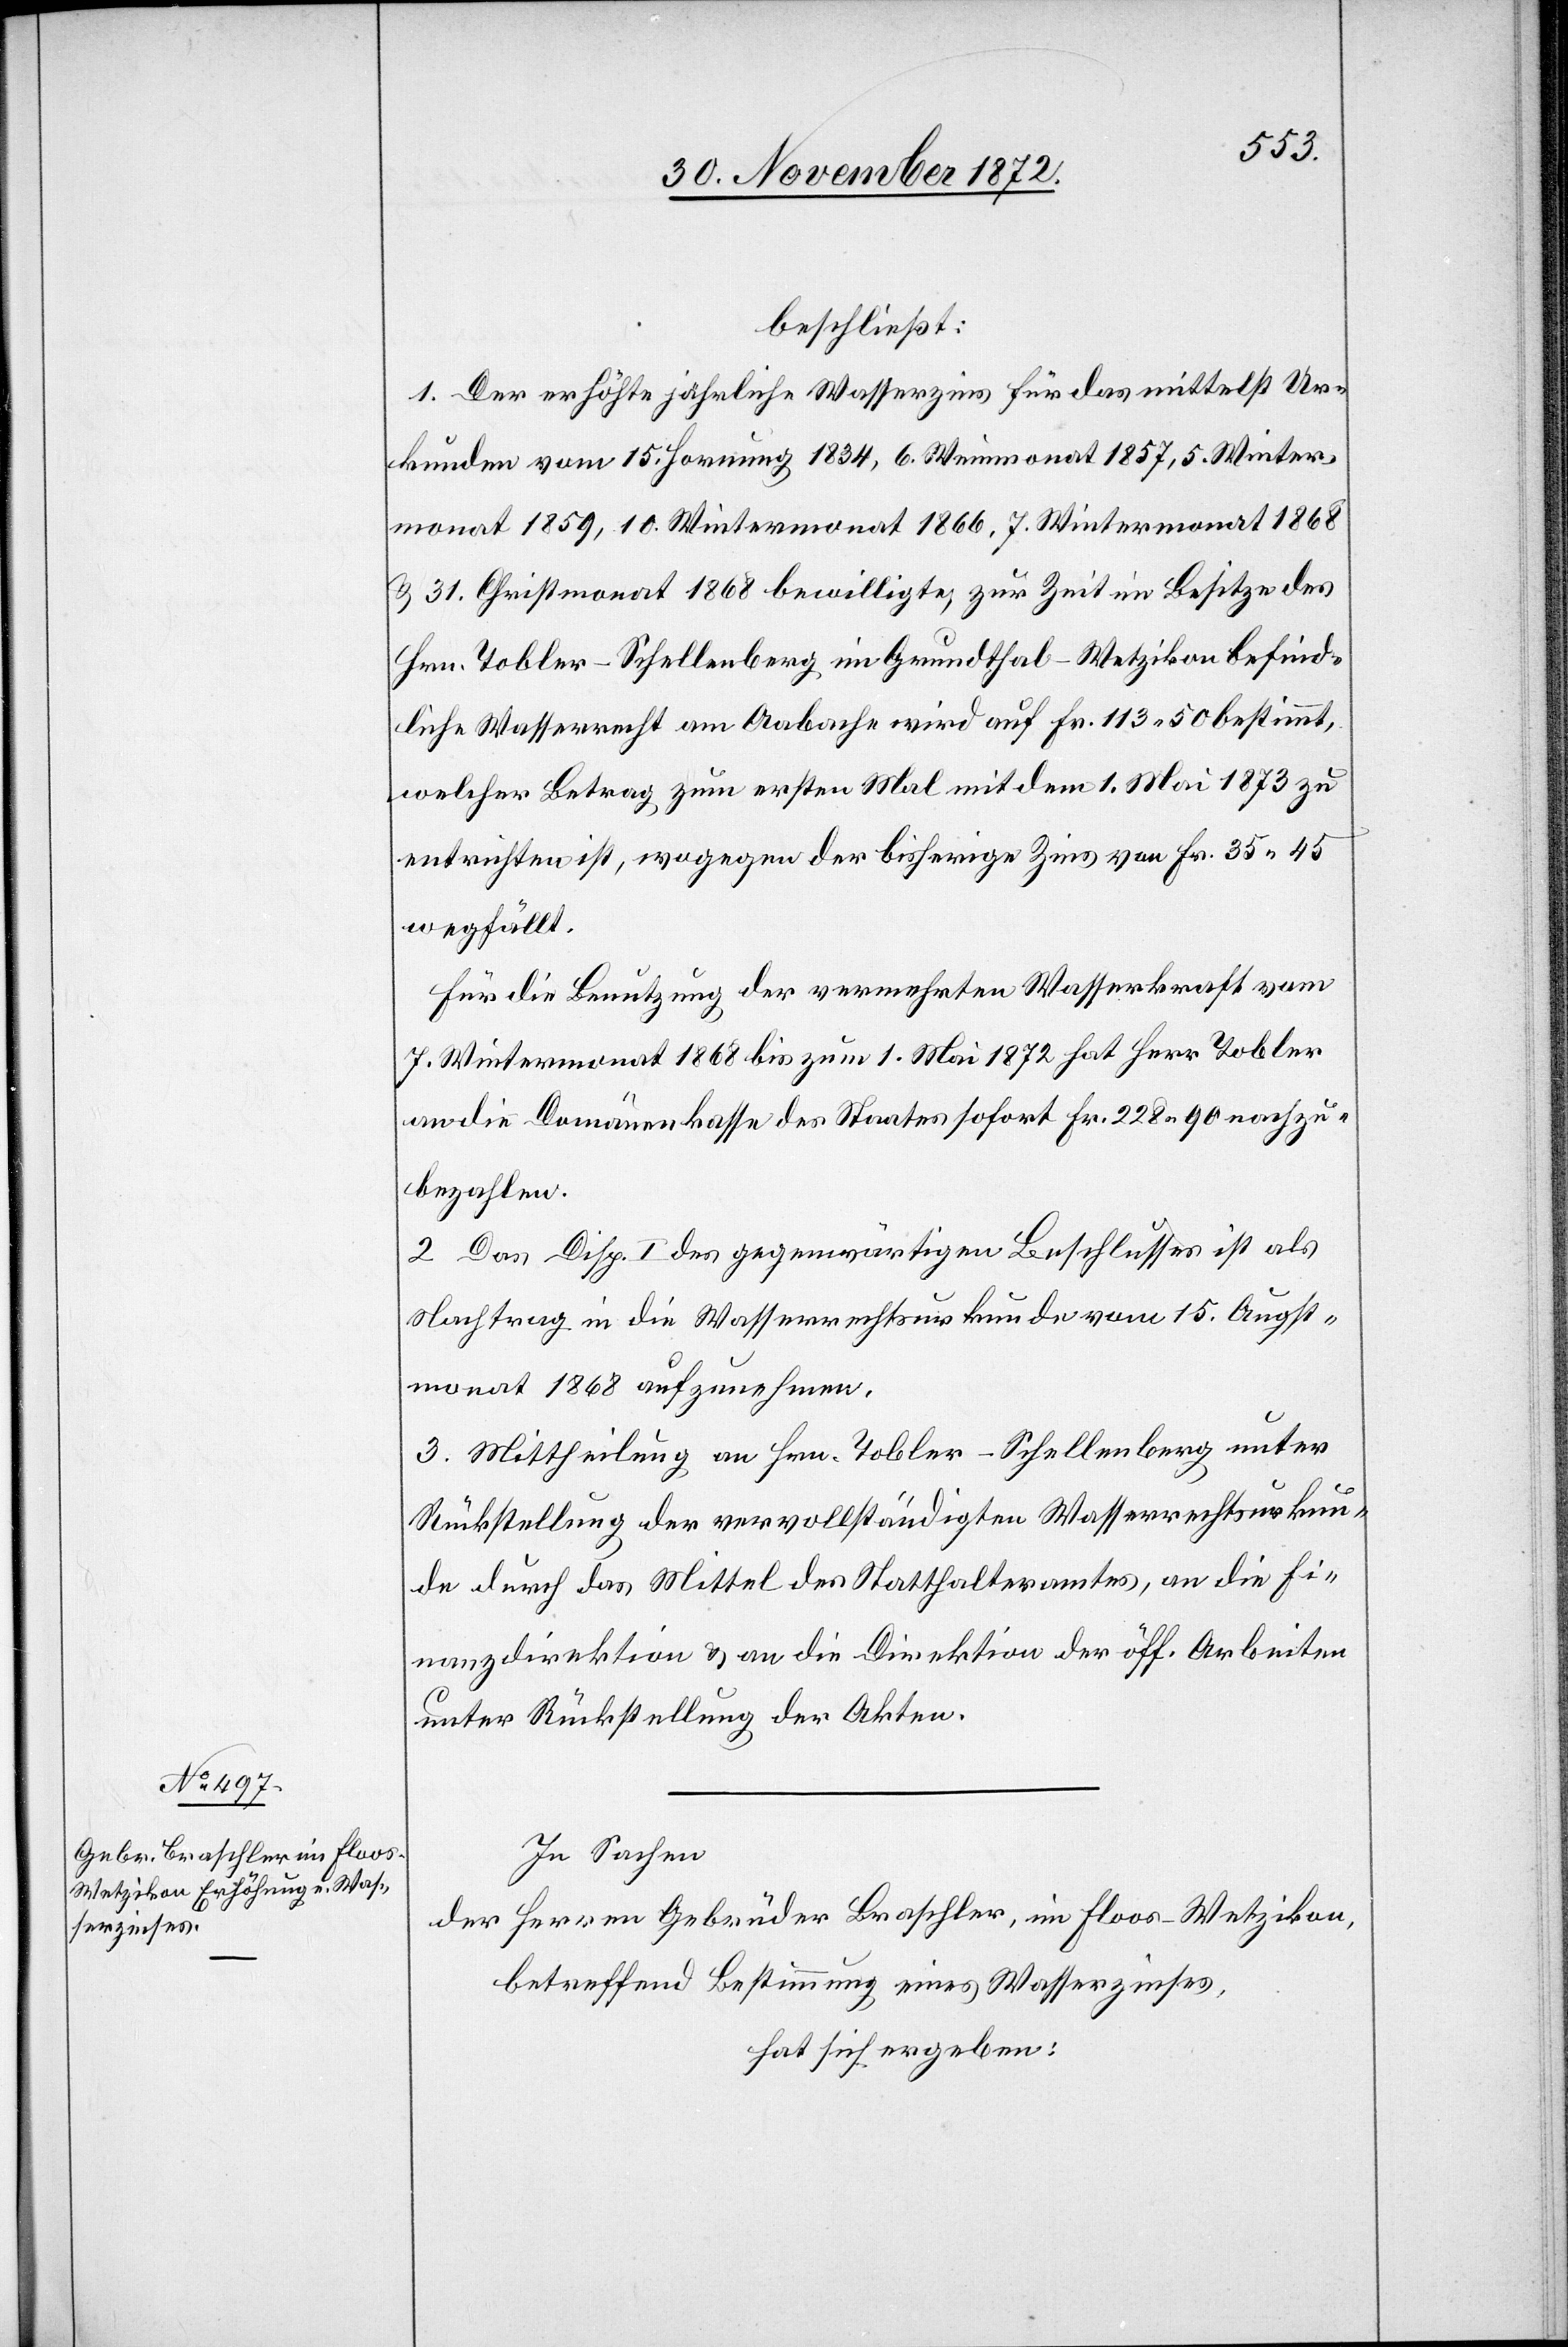
beschließt:
1. Der erhöhte jährliche Wasserzins für das mittelst Ur¬
kunden vom 15. Hornung 1834, 6. Weinmonat 1857, 5. Winter¬
monat 1859, 10. Wintermonat 1866, 7. Wintermonat 1868
u. 31. Christmonat 1868 bewilligte, zur Zeit im Besitze des
Hrn. Tobler-Schellenberg im Grundthal-Wetzikon befind¬
liche Wasserrecht am Aabache wird auf Fr. 113 50 bestimmt,
welcher Betrag zum ersten Mal mit dem 1. Mai 1873 zu
entrichten ist, wogegen der bisherige Zins von Fr. 35 45
wegfällt.
Für die Benutzung der vermehrten Wasserkraft vom
7. Wintermonat 1868 bis zum 1. Mai 1872 hat Herr Tobler
an die Domänenkasse des Staates sofort Fr. 228 90 nachzu¬
bezahlen.
2. Das Disp. I des gegenwärtigen Beschlusses ist als
Nachtrag in die Wasserrechtsurkunde vom 15. Augst¬
monat 1868 aufzunehmen.
3. Mittheilung an Hrn. Tobler-Schellenberg unter
Rückstellung der vervollständigten Wasserrechtsurkun¬
de durch das Mittel des Statthalteramtes, an die Fi¬
nanzdirektion u. an die Direktion der öff. Arbeiten
unter Rückstellung der Akten.
In Sachen
der Herren Gebrüder Braschler, im Floos-Wetzikon,
betreffend Bestimmung eines Wasserzinses,
hat sich ergeben: